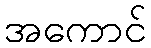
အကောင်